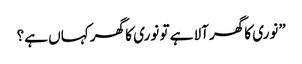
”نوری کا گھرآلا ہے تو نوری کا گھر کہاں ہے؟